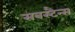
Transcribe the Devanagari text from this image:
सबस्टैन्स